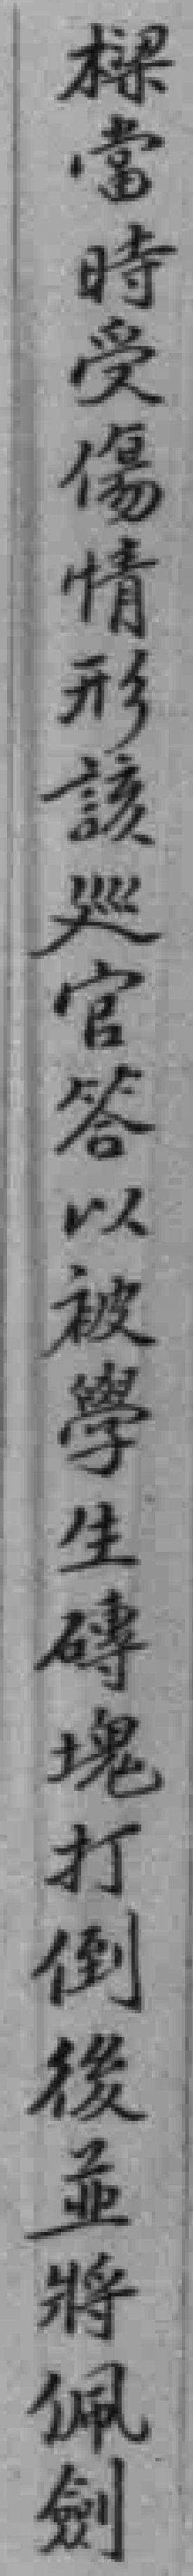
樑當時受傷情形該廵官答以被學生磚塊打倒後並將佩劍